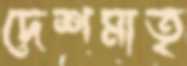
দেশমাতৃ